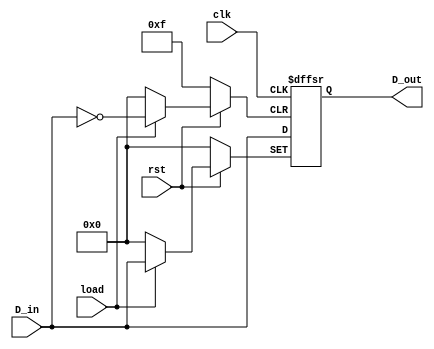
module lab4_3(D_in,D_out,clk,load,rst);
input [3:0]D_in;
input clk,rst,load;
output reg [3:0]D_out;

always@(posedge clk , posedge load , negedge rst)
begin 
	if(rst == 0) D_out=0;
	else if (load == 1) D_out=D_in;
	else D_out= D_in;
end	

endmodule